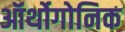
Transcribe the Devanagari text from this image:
ऑर्थोगोनिक